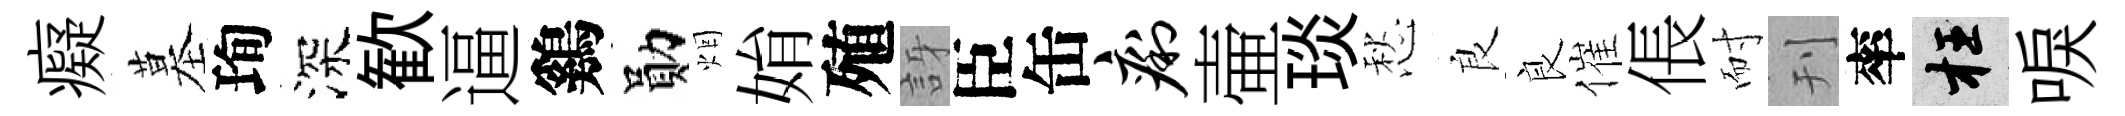
癡墓珣深歓逼鷄勛烟姢殖訝臣缶痢壷琰愁良良催倀耐刊率枉唳